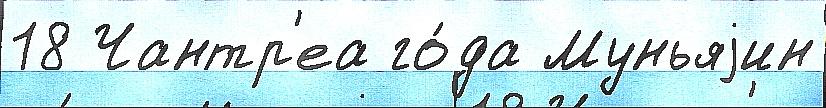
18 Чантр'еа го́да Муньяjин